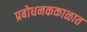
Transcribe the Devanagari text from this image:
प्रबोधनककाळात